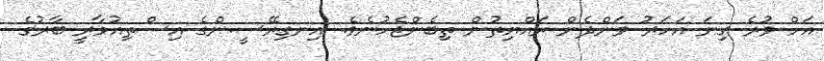
އަށް ވުރެ ގިނަ އަހަަރު ވަންދެން ރައްޔިތުން ތިބެންޖެހުނެވެ. އިނގިރޭސީންގެ އިސްތިއުމާރީ ބާރުގެ